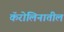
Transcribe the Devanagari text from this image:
कॅरोलिनातील